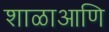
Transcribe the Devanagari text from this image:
शाळाआणि